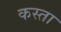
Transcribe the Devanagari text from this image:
कस्‍ता